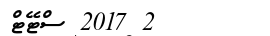
2 2017 ސްޓޭޓް